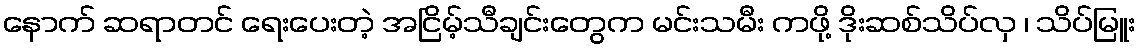
နောက် ဆရာတင် ရေးပေးတဲ့ အငြိမ့်သီချင်းတွေက မင်းသမီး ကဖို့ ဒိုးဆစ်သိပ်လှ ၊ သိပ်မြူး